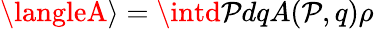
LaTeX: \langleA\rangle=\intd\mathcal{P}dqA(\mathcal{P},q)\rho